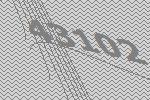
43102